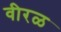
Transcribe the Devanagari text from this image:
वीरळ